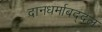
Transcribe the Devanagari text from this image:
दानधर्माबद्दल